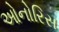
ઓનોરિસ